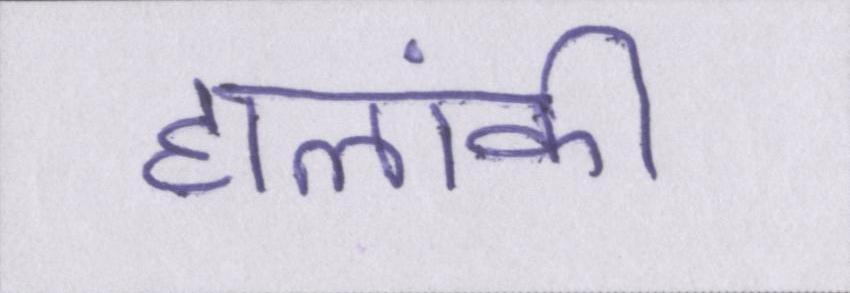
हालांकी